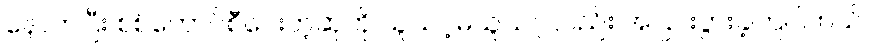
နောက်ပြီး စစ်ကောင်စီပေးတဲ့ဆုကို ယူသင့်မယူသင့်လည်း အငြင်းပွားခဲ့ကြပါတယ်။